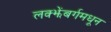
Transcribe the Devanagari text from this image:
लक्झेंबर्गमधून